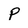
Character: P